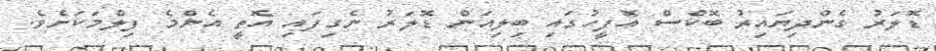
ޑޮލަރު ގެންދިޔައިރު ބޮކްސް އޮފީހުގައި ބިލިއަން ޑޮލަރު ނެގިފައި އޮތީ އެންމެ ފިލްމަކަށެވެ.